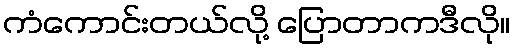
ကံကောင်းတယ်လို့ ပြောတာကဒီလို။